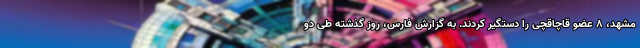
مشهد، ۸ عضو قاچاقچی را دستگیر کردند. به گزارش فارس، روز گذشته طی دو